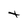
Character: t